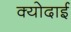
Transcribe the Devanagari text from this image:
क्योदाई